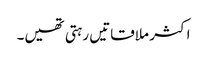
اکثر ملاقاتیں رہتی تھیں۔